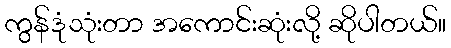
ကွန်ဒုံသုံးတာ အကောင်းဆုံးလို့ ဆိုပါတယ်။